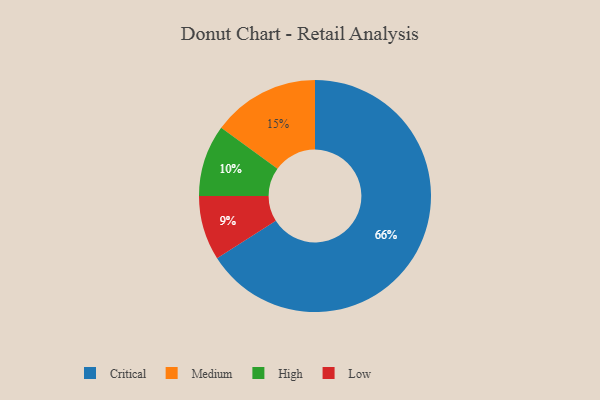
{"axis": {"x": "Category", "y": "Percentage"}, "legend": ["Critical", "High", "Low", "Medium"], "data": [{"x": "High", "y": 10, "type": "High"}, {"x": "Medium", "y": 15, "type": "Medium"}, {"x": "Critical", "y": 66, "type": "Critical"}, {"x": "Low", "y": 9, "type": "Low"}]}